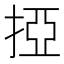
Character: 掗